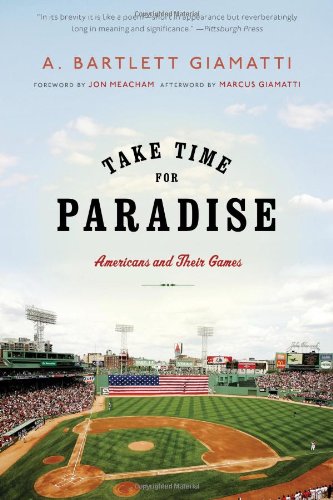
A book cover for Take Time for Paradise: Americans and Their Games; A. Bartlett Giamatti; Sports & Outdoors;